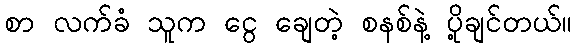
စာ လက်ခံ သူက ငွေ ချေတဲ့ စနစ်နဲ့ ပို့ချင်တယ်။